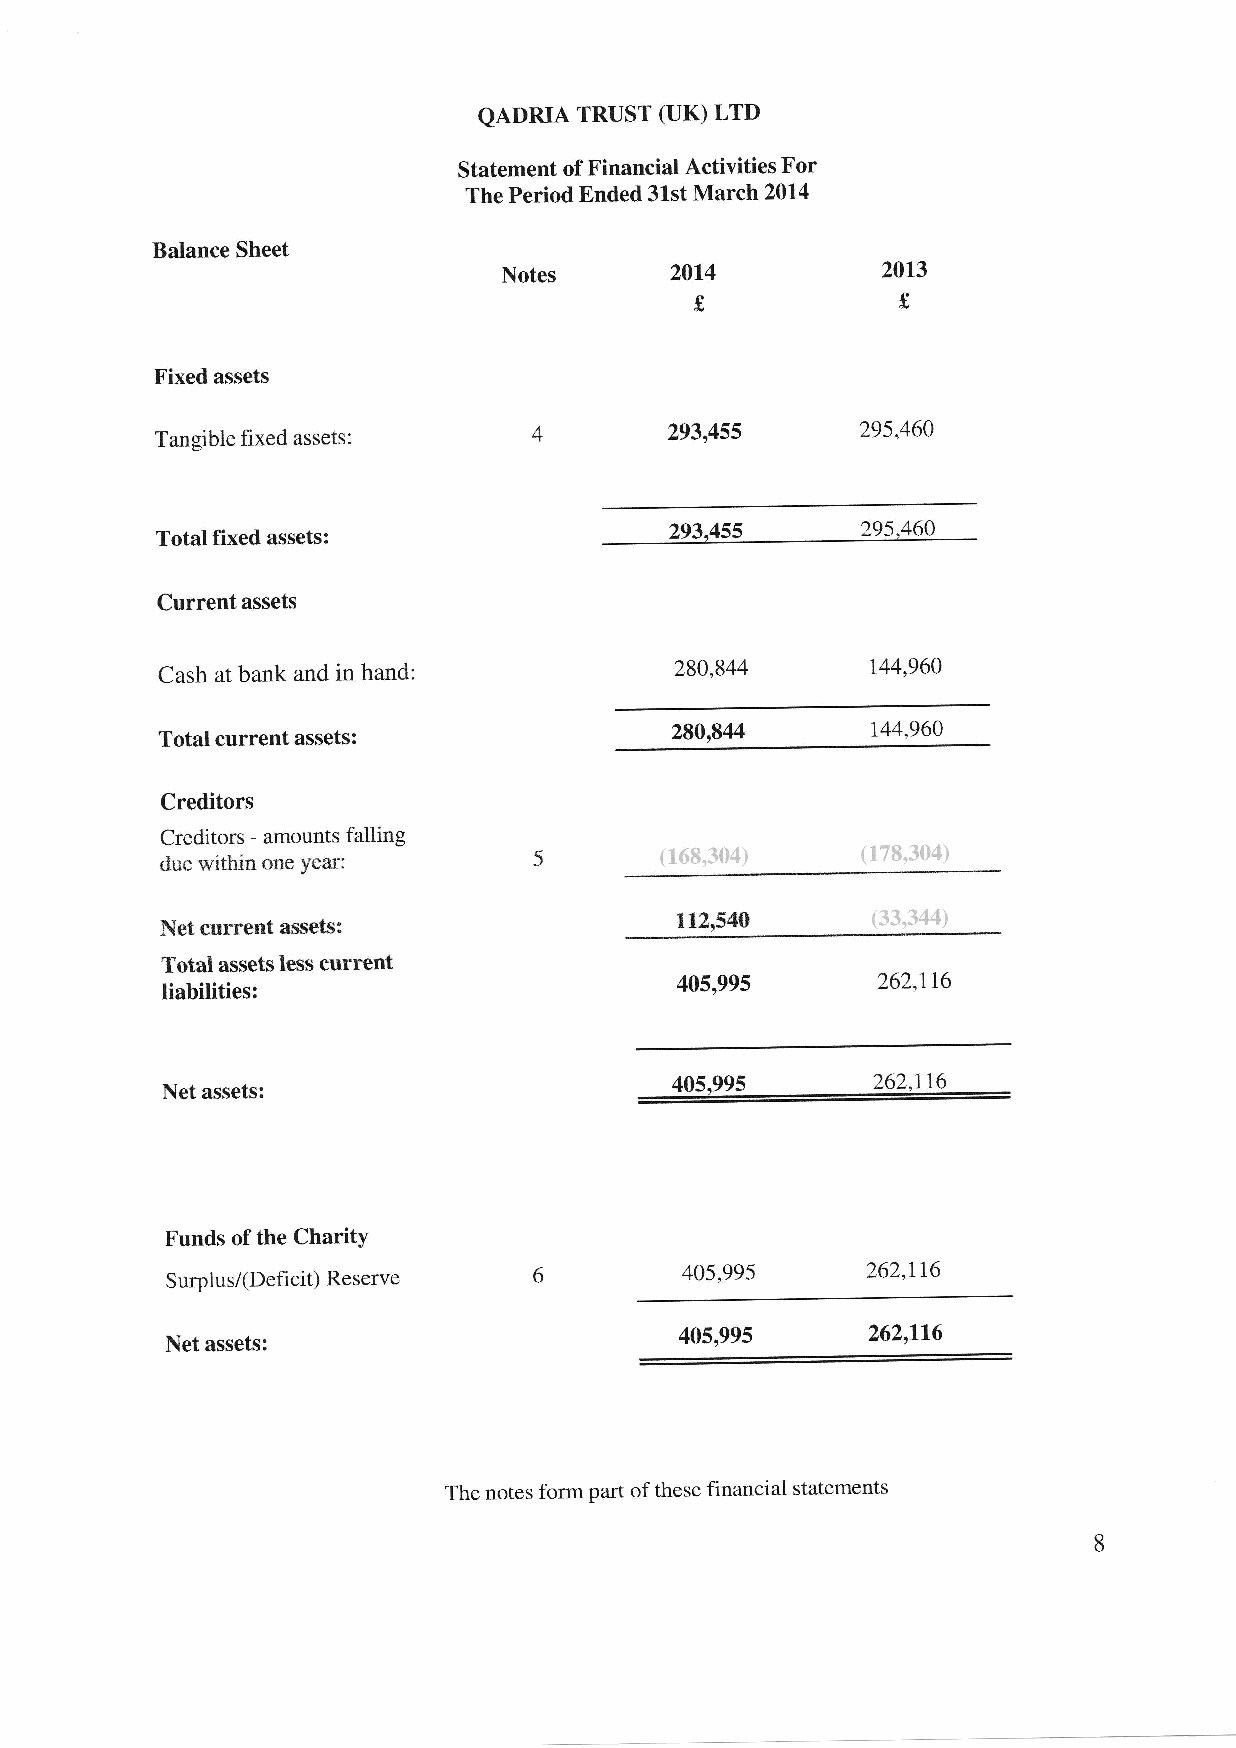
QADRIA TRUST (UK) LTD
 Statement of Financial Activities For
 The Period Ended 31st March 2014
 Balance Sheet
 Notes      2014          2013
 I             f
 Fixed assets
 assets:         4        293,455      295'460
 Tangible fixed
 293,455
 295,460
 Total fixed assets:
 Current assets
 280,844
 Cash at bank and in hand:                       144,960
 280,844
 144,960
 Total current assets:
 Creditors
 Creditors - amounts falling 5    (168,304)    (178,304)
 due within one year:
 112"540
 (33,344)
 Net current assets:
 Total assets less cunent
 405,995
 262,116
 liabilities:
 405,995
 262,116
 Net assets:
 Funds of the CharitY
 Reserve      6         405,995     262'116
 Surplus/(Deficit)
 405,995
 262,116
 Net assets:
 The notes form part of these financial statements